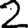
Digit: 2